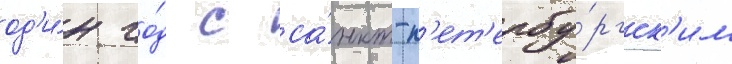
од'и́н го́д с са́нкт-п'ет'ербу́ргск'им